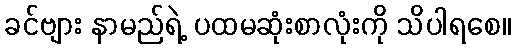
ခင်ဗျား နာမည်ရဲ့ ပထမဆုံးစာလုံးကို သိပါရစေ။